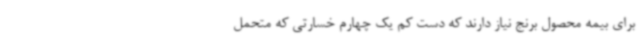
برای بیمه محصول برنج نیاز دارند که دست کم یک چهارم خسارتی که متحمل